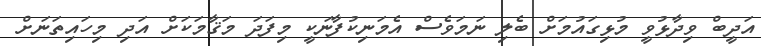
އަދީބް ވިދާޅުވީ މުޅިގައުމަށް ބެލި ނަމަވެސް އެމަނިކުފާނަކީ މިފަދަ މަޤާމަކަށް އަދި މިހައިތަނަށް